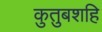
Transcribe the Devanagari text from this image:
कुतुबशहि